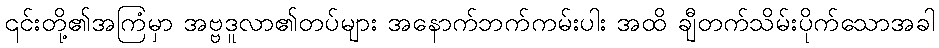
၎င်းတို့၏အကြံမှာ အဗ္ဗဒူလာ၏တပ်များ အနောက်ဘက်ကမ်းပါး အထိ ချီတက်သိမ်းပိုက်သောအခါ